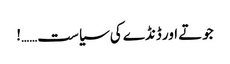
جوتے اور ڈنڈے کی سیاست……!